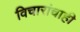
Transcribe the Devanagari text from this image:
विचारांचाही